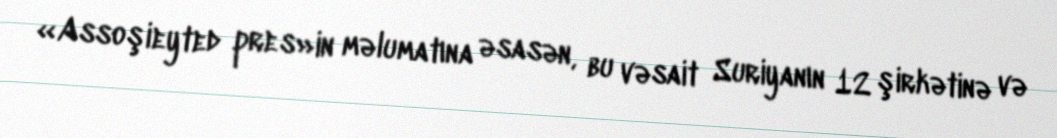
«Assoşieyted pres»in məlumatına əsasən, bu vəsait Suriyanın 12 şirkətinə və